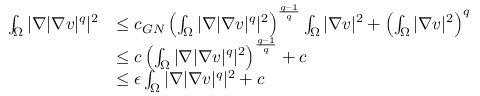
\begin{array} { r l } { \int _ { \Omega } | \nabla | \nabla v | ^ { q } | ^ { 2 } } & { \leq c _ { G N } \left( \int _ { \Omega } | \nabla | \nabla v | ^ { q } | ^ { 2 } \right) ^ { \frac { q - 1 } { q } } \int _ { \Omega } | \nabla v | ^ { 2 } + \left( \int _ { \Omega } | \nabla v | ^ { 2 } \right) ^ { q } } \\ & { \leq c \left( \int _ { \Omega } | \nabla | \nabla v | ^ { q } | ^ { 2 } \right) ^ { \frac { q - 1 } { q } } + c } \\ & { \leq \epsilon \int _ { \Omega } | \nabla | \nabla v | ^ { q } | ^ { 2 } + c } \end{array}